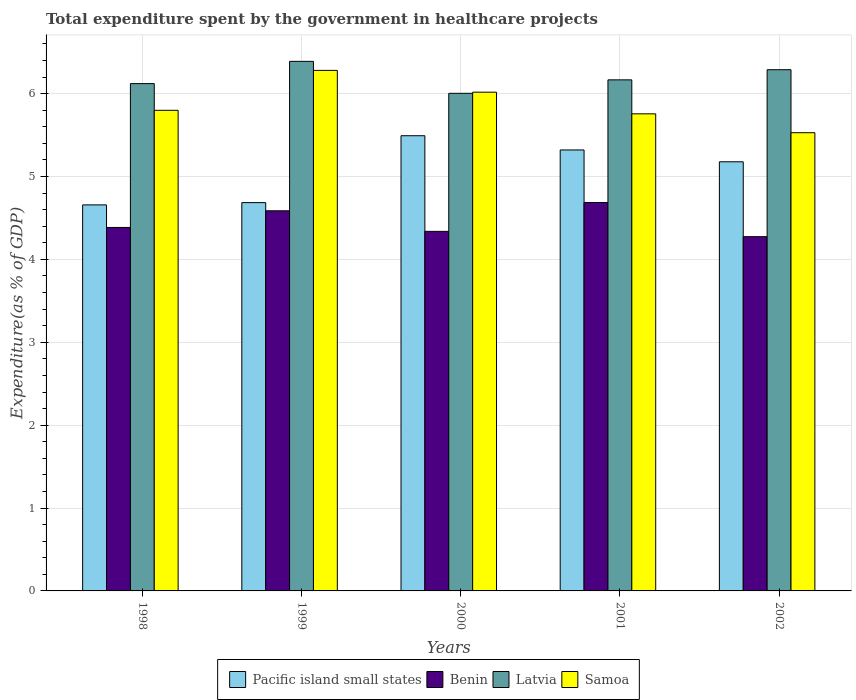
| Years | Pacific island small states | Benin | Latvia | Samoa |
 | --- | --- | --- | --- | --- |
 | 1998 | 4.66 | 4.39 | 6.12 | 5.8 |
 | 1999 | 4.69 | 4.59 | 6.39 | 6.28 |
 | 2000 | 5.49 | 4.34 | 6 | 6.02 |
 | 2001 | 5.32 | 4.69 | 6.17 | 5.76 |
 | 2002 | 5.18 | 4.27 | 6.29 | 5.53 |